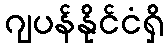
ဂျပန်နိုင်ငံရှိ